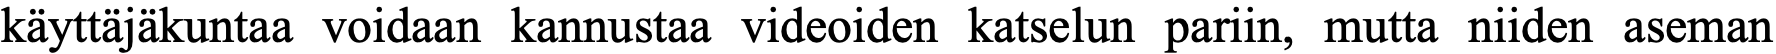
käyttäjäkuntaa voidaan kannustaa videoiden katselun pariin, mutta niiden aseman